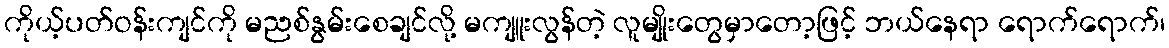
ကိုယ့်ပတ်ဝန်းကျင်ကို မညစ်နွမ်းစေချင်လို့ မကျူးလွန်တဲ့ လူမျိုးတွေမှာတော့ဖြင့် ဘယ်နေရာ ရောက်ရောက်၊